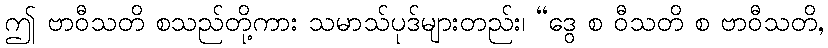
ဤ ဗာဝီသတိ စသည်တို့ကား သမာသ်ပုဒ်များတည်း၊ “ဒွေ စ ဝီသတိ စ ဗာဝီသတိ,